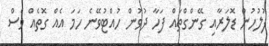
ފުލުހުން ޑޮލަރާއި ގޭންގްތައް ފަހާ ދުވުން ހުއްޓުވޭނެ ހަމަ އެއް ގޮތެއް ވެސް